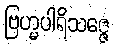
ဗြဟ္မပါရိသဇ္ဇေ